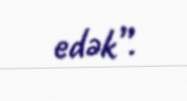
edək”.